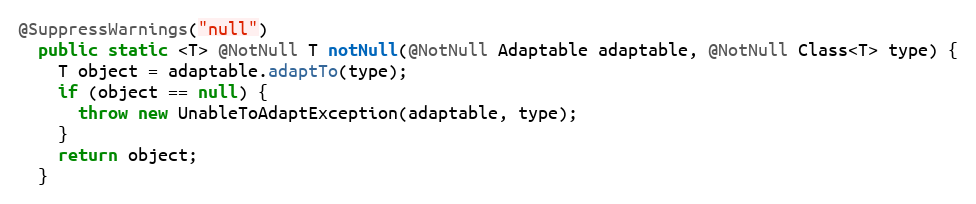
Language: Java
@SuppressWarnings("null")
  public static <T> @NotNull T notNull(@NotNull Adaptable adaptable, @NotNull Class<T> type) {
    T object = adaptable.adaptTo(type);
    if (object == null) {
      throw new UnableToAdaptException(adaptable, type);
    }
    return object;
  }